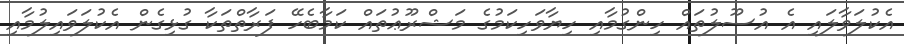
އެކުލަވާލައި އެ އުސޫލުތައް ހިންގުމާއި ހިޔާވަހިކަމުގެ މަޝްރޫޢުތައް ކަމާބެހޭ ފަރާތްތަކާ ގުޅިގެން އެކުލަވައިލުމާއި